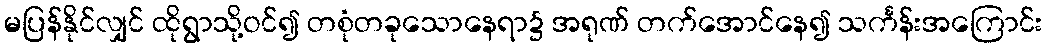
မပြန်နိုင်လျှင် ထိုရွာသို့ဝင်၍ တစုံတခုသောနေရာ၌ အရုဏ် တက်အောင်နေ၍ သင်္ကန်းအကြောင်း